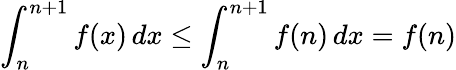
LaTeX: \int_{n}^{n+1}f(x)\, dx\leq\int_{n}^{n+1}f(n)\, dx=f(n)